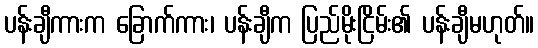
ပန်းချီကားက ခြောက်ကား၊ ပန်းချီက ပြည်မိုးငြိမ်း၏ ပန်းချီမဟုတ်။